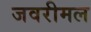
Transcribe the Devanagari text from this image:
जवरीमल